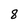
Character: 8